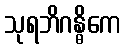
သုရဘိဂန္ဓိကေ